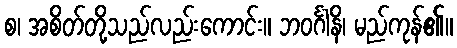
စ၊ အစိတ်တို့သည်လည်းကောင်း။ ဘဝင်္ဂါနိ၊ မည်ကုန်၏။